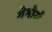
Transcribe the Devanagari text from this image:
गेबोर्स